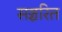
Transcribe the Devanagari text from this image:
सञ्चरित